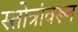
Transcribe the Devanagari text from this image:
स्तोत्रांवरून